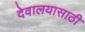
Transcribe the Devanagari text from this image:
देवालयासाठी